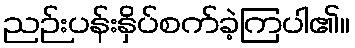
ညဉ်းပန်းနှိပ်စက်ခဲ့ကြပါ၏။